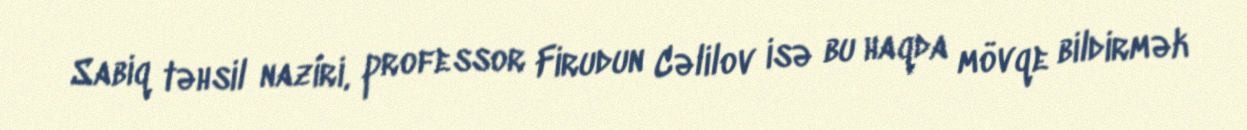
Sabiq təhsil naziri, professor Firudun Cəlilov isə bu haqda mövqe bildirmək